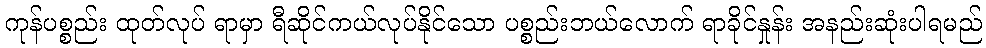
ကုန်ပစ္စည်း ထုတ်လုပ် ရာမှာ ရီဆိုင်ကယ်လုပ်နိုင်သော ပစ္စည်းဘယ်လောက် ရာခိုင်နှုန်း အနည်းဆုံးပါရမည်